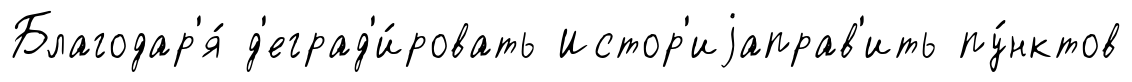
Благодар'я́ д'еград'и́ровать Истор'иjаправ'ить пу́нктов